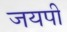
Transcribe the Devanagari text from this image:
जयपी